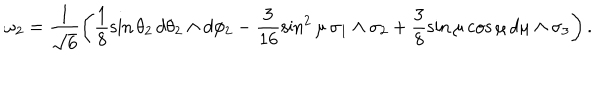
\omega _ { 2 } = \frac { 1 } { \sqrt { 6 } } \left( \frac { 1 } { 8 } \sin { \theta _ { 2 } } \, d \theta _ { 2 } \wedge d \phi _ { 2 } - \frac { 3 } { 1 6 } \sin ^ { 2 } { \mu } \, \sigma _ { 1 } \wedge \sigma _ { 2 } + \frac { 3 } { 8 } \sin { \mu } \cos \mu \, d \mu \wedge \sigma _ { 3 } \right) .